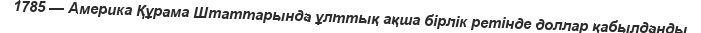
1785 — Америка Құрама Штаттарында ұлттық ақша бірлік ретінде доллар қабылданды